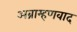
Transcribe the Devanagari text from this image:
अब्राम्हणवाद